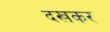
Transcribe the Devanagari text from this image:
दखकर